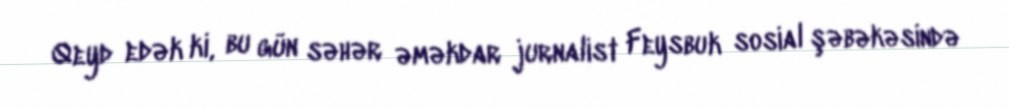
Qeyd edək ki, bu gün səhər əməkdar jurnalist Feysbuk sosial şəbəkəsində